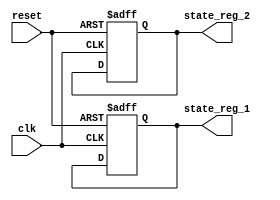
module DefaultStateInitialization (
    input wire reset,               // Active-high reset signal
    input wire clk,                 // Clock signal
    output reg [7:0] state_reg_1,   // Example state register 1
    output reg [7:0] state_reg_2    // Example state register 2
);

// Default values for state registers
localparam DEFAULT_STATE_1 = 8'h00; // Default value for state register 1
localparam DEFAULT_STATE_2 = 8'hFF; // Default value for state register 2

// Sequential logic for state initialization
always @(posedge clk or posedge reset) begin
    if (reset) begin
        // Initialize state registers to default values on reset
        state_reg_1 <= DEFAULT_STATE_1;
        state_reg_2 <= DEFAULT_STATE_2;
    end else begin
        // Normal operation logic can be placed here
        // For example, state transitions or updates based on other inputs
    end
end

endmodule